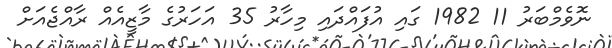
ނޮވެމްބަރު 11 1982 ގައި އުފައްދައި މިހާރު 35 އަހަރުގެ މާޒީއެއް ރާއްޖެއަށް